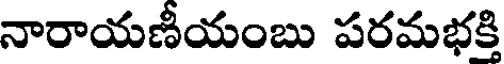
నారాయణీయంబు పరమభక్తి